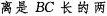
离是BC长的两